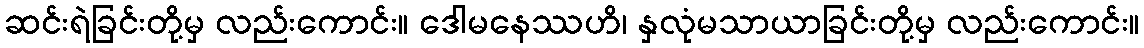
ဆင်းရဲခြင်းတို့မှ လည်းကောင်း။ ဒေါမနေဿဟိ၊ နှလုံမသာယာခြင်းတို့မှ လည်းကောင်း။